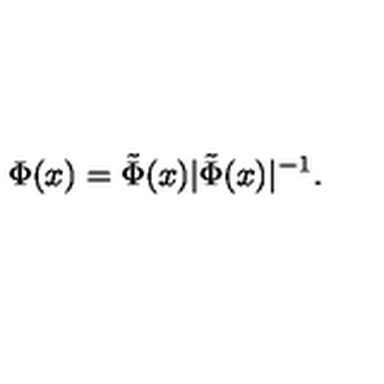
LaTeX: \Phi ( x ) = { \tilde { \Phi } ( x ) } { | \tilde { \Phi } ( x ) | ^ { - 1 } } .